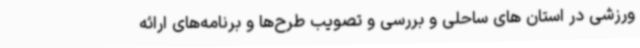
ورزشی در استان های ساحلی و بررسی و تصویب طرح‌ها و برنامه‌های ارائه